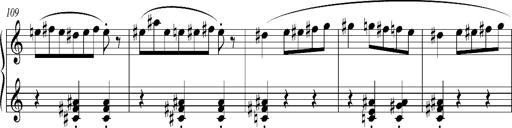
Title: Bagatelle sans tonalitÃ©
Composer: Franz Liszt